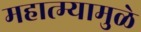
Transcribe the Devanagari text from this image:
महात्म्यामुळे